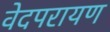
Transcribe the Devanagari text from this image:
वेदपरायण